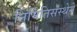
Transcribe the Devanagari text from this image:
निर्मितिसंस्थेने